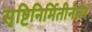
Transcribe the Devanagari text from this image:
सृष्टिनिर्मितीनंतर